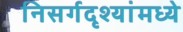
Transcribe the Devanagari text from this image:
निसर्गदृश्यांमध्ये